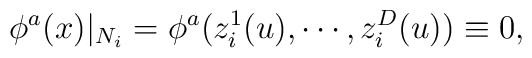
\phi ^a(x)|_{N_i}=\phi ^a(z_i^1(u),\cdots ,z_i^D(u))\equiv 0,